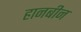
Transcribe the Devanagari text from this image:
हानबीन